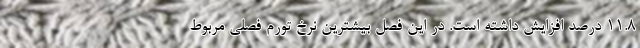
11.8 درصد افزایش داشته است. در این فصل بیشترین نرخ تورم فصلی مربوط